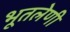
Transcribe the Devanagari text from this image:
भूतलेणी